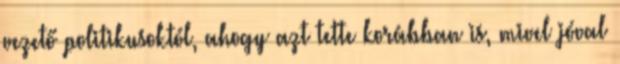
vezető politikusoktól, ahogy azt tette korábban is, mivel jóval